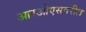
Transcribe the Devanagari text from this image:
आरओएसवरील